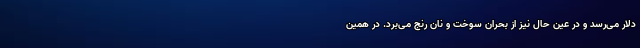
دلار می‌رسد و در عین حال نیز از بحران سوخت و نان رنج می‌برد. در همین